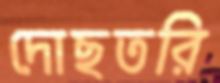
দোছতরি